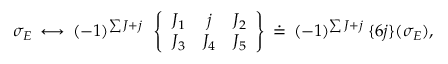
\sigma _ { E } \, \longleftrightarrow \, ( - 1 ) ^ { \sum J + j } \: \: \left\{ \begin{array} { c c c } { { J _ { 1 } } } & { { j } } & { { J _ { 2 } } } \\ { { J _ { 3 } } } & { { J _ { 4 } } } & { { J _ { 5 } } } \end{array} \right\} \, \doteq \, ( - 1 ) ^ { \sum J + j } \: \{ 6 j \} ( \sigma _ { E } ) ,